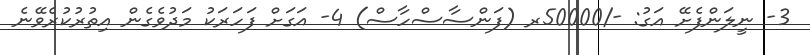
3- ނީލަންފެށޭ އަގު: -/50000ރ (ފަންސާސްހާސް) 4- އަގަށް ފަހަރަކު މަދުވެގެން އިތުރުކުރެވޭނެ